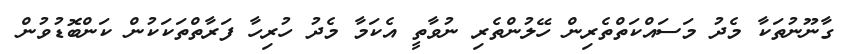
ގާނޫނުތަކާ މެދު މަސައްކަތްތެރިން ހޭލުންތެރި ނުވާތީ އެކަމާ މެދު ހުރިހާ ފަރާތްތަކަކުން ކަންބޮޑުވުން